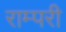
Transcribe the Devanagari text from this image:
राम्परी